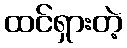
ထင်ရှားတဲ့